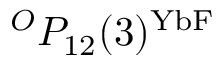
^ { O } P _ { 1 2 } ( 3 ) ^ { \mathrm { Y b F } }